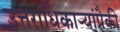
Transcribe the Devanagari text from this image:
उत्तराधिकाऱ्यांपैकी